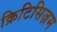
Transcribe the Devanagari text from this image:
क्रिटिसिज़म